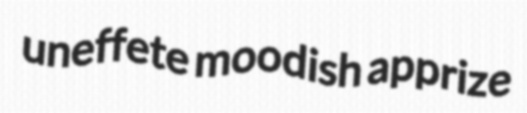
uneffete moodish apprize